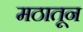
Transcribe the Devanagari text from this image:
मठातून